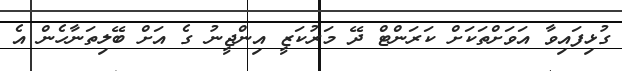
ގުޅިފައިވާ އަވަށްތަކަށް ކަރަންޓް ދޭ މަރުކަޒީ އިންޖީނު ގެ އަށް ބޭލިތަނާހެން އެ